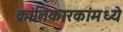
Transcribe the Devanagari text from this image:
क्रांतिकारकांमध्ये